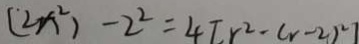
( 2 x ^ { 2 } ) - 2 ^ { 2 } = 4 [ r ^ { 2 } - ( r - 2 ) ^ { 2 } ]